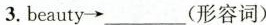
3.beauty \rightarrow ___(形容词)